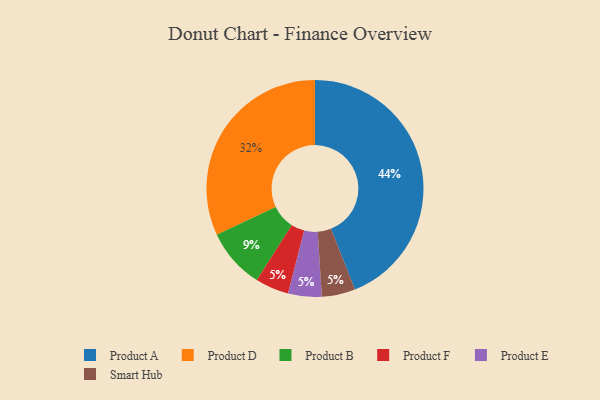
{"axis": {"x": "Category", "y": "Percentage"}, "legend": ["Product A", "Product B", "Product D", "Product E", "Product F", "Smart Hub"], "data": [{"x": "Product F", "y": 5, "type": "Product F"}, {"x": "Product E", "y": 5, "type": "Product E"}, {"x": "Smart Hub", "y": 5, "type": "Smart Hub"}, {"x": "Product D", "y": 32, "type": "Product D"}, {"x": "Product B", "y": 9, "type": "Product B"}, {"x": "Product A", "y": 44, "type": "Product A"}]}